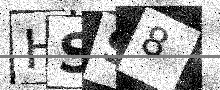
Text: HSS8